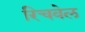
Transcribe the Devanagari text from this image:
रिचवेल